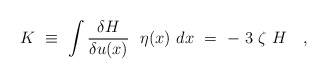
\begin{align*}K\ \equiv\ \int \frac{\delta H}{\delta u(x)}\ \ \eta(x)\ dx \ =\ - \ 3 \ \zeta\ H\ \ \ ,\end{align*}